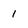
Character: 1